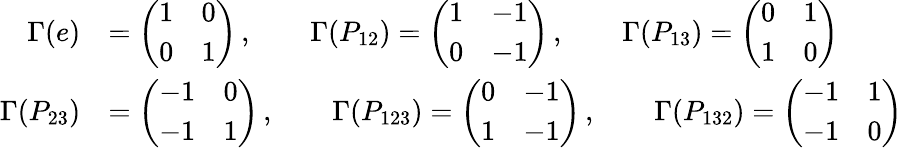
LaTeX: \begin{array}{rl}{\Gamma(e)}&{=\left(\begin{array}{cc}{1}&{0}\\ {0}&{1}\end{array}\right)\, ,\qquad\Gamma(P_{12})=\left(\begin{array}{cc}{1}&{-1}\\ {0}&{-1}\end{array}\right)\, ,\qquad\Gamma(P_{13})=\left(\begin{array}{cc}{0}&{1}\\ {1}&{0}\end{array}\right)}\\ {\Gamma(P_{23})}&{=\left(\begin{array}{cc}{-1}&{0}\\ {-1}&{1}\end{array}\right)\, ,\qquad\Gamma(P_{123})=\left(\begin{array}{cc}{0}&{-1}\\ {1}&{-1}\end{array}\right)\, ,\qquad\Gamma(P_{132})=\left(\begin{array}{cc}{-1}&{1}\\ {-1}&{0}\end{array}\right)}\end{array}